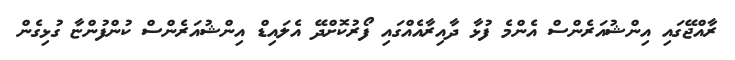
ރާއްޖޭގައި އިންޝުއަރެންސް އެންމެ ފުޅާ ދާއިރާއެއްގައި ފޯރުކޮށްދޭ އެލައިޑް އިންޝުއަރެންސް ކުންފުންޏާ ގުޅިގެން